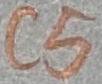
Text: C5